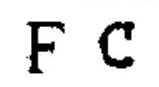
$FC$